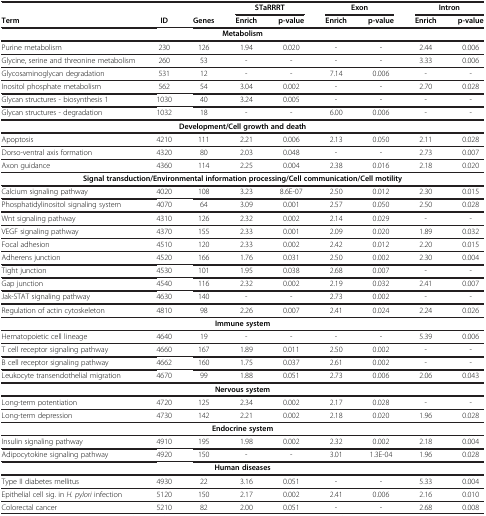
<table><thead><tr><td><b> </b></td><td><b> </b></td><td><b> </b></td><td colspan="2"><b>STaRRRT</b></td><td colspan="2"><b>Exon</b></td><td colspan="2"><b>Intron</b></td></tr><tr><td><b>Term</b></td><td><b>ID</b></td><td><b>Genes</b></td><td><b>Enrich</b></td><td><b>p-value</b></td><td><b>Enrich</b></td><td><b>p-value</b></td><td><b>Enrich</b></td><td><b>p-value</b></td></tr></thead><tbody><tr><td colspan="9"><b>Metabolism</b></td></tr><tr><td>Purine metabolism</td><td>230</td><td>126</td><td>1.94</td><td>0.020</td><td>-</td><td>-</td><td>2.44</td><td>0.006</td></tr><tr><td>Glycine, serine and threonine metabolism</td><td>260</td><td>53</td><td>-</td><td>-</td><td>-</td><td>-</td><td>3.33</td><td>0.006</td></tr><tr><td>Glycosaminoglycan degradation</td><td>531</td><td>12</td><td>-</td><td>-</td><td>7.14</td><td>0.006</td><td>-</td><td>-</td></tr><tr><td>Inositol phosphate metabolism</td><td>562</td><td>54</td><td>3.04</td><td>0.002</td><td>-</td><td>-</td><td>2.70</td><td>0.028</td></tr><tr><td>Glycan structures - biosynthesis 1</td><td>1030</td><td>40</td><td>3.24</td><td>0.005</td><td>-</td><td>-</td><td>-</td><td>-</td></tr><tr><td>Glycan structures - degradation</td><td>1032</td><td>18</td><td>-</td><td>-</td><td>6.00</td><td>0.006</td><td>-</td><td>-</td></tr><tr><td colspan="9"><b>Development/Cell growth and death</b></td></tr><tr><td>Apoptosis</td><td>4210</td><td>111</td><td>2.21</td><td>0.006</td><td>2.13</td><td>0.050</td><td>2.11</td><td>0.028</td></tr><tr><td>Dorso-ventral axis formation</td><td>4320</td><td>80</td><td>2.03</td><td>0.048</td><td>-</td><td>-</td><td>2.73</td><td>0.007</td></tr><tr><td>Axon guidance</td><td>4360</td><td>114</td><td>2.25</td><td>0.004</td><td>2.38</td><td>0.016</td><td>2.18</td><td>0.020</td></tr><tr><td colspan="9"><b>Signal transduction/Environmental information processing/Cell communication/Cell motility</b></td></tr><tr><td>Calcium signaling pathway</td><td>4020</td><td>108</td><td>3.23</td><td>8.6E-07</td><td>2.50</td><td>0.012</td><td>2.30</td><td>0.015</td></tr><tr><td>Phosphatidylinositol signaling system</td><td>4070</td><td>64</td><td>3.09</td><td>0.001</td><td>2.57</td><td>0.050</td><td>2.50</td><td>0.028</td></tr><tr><td>Wnt signaling pathway</td><td>4310</td><td>126</td><td>2.32</td><td>0.002</td><td>2.14</td><td>0.029</td><td>-</td><td>-</td></tr><tr><td>VEGF signaling pathway</td><td>4370</td><td>155</td><td>2.33</td><td>0.001</td><td>2.09</td><td>0.020</td><td>1.89</td><td>0.032</td></tr><tr><td>Focal adhesion</td><td>4510</td><td>120</td><td>2.33</td><td>0.002</td><td>2.42</td><td>0.012</td><td>2.20</td><td>0.015</td></tr><tr><td>Adherens junction</td><td>4520</td><td>166</td><td>1.76</td><td>0.031</td><td>2.50</td><td>0.002</td><td>2.30</td><td>0.004</td></tr><tr><td>Tight junction</td><td>4530</td><td>101</td><td>1.95</td><td>0.038</td><td>2.68</td><td>0.007</td><td>-</td><td>-</td></tr><tr><td>Gap junction</td><td>4540</td><td>116</td><td>2.32</td><td>0.002</td><td>2.19</td><td>0.032</td><td>2.41</td><td>0.007</td></tr><tr><td>Jak-STAT signaling pathway</td><td>4630</td><td>140</td><td>-</td><td>-</td><td>2.73</td><td>0.002</td><td>-</td><td>-</td></tr><tr><td>Regulation of actin cytoskeleton</td><td>4810</td><td>98</td><td>2.26</td><td>0.007</td><td>2.41</td><td>0.024</td><td>2.24</td><td>0.026</td></tr><tr><td colspan="9"><b>Immune system</b></td></tr><tr><td>Hematopoietic cell lineage</td><td>4640</td><td>19</td><td>-</td><td>-</td><td>-</td><td>-</td><td>5.39</td><td>0.006</td></tr><tr><td>T cell receptor signaling pathway</td><td>4660</td><td>167</td><td>1.89</td><td>0.011</td><td>2.50</td><td>0.002</td><td>-</td><td>-</td></tr><tr><td>B cell receptor signaling pathway</td><td>4662</td><td>160</td><td>1.75</td><td>0.037</td><td>2.61</td><td>0.002</td><td>-</td><td>-</td></tr><tr><td>Leukocyte transendothelial migration</td><td>4670</td><td>99</td><td>1.88</td><td>0.051</td><td>2.73</td><td>0.006</td><td>2.06</td><td>0.043</td></tr><tr><td colspan="9"><b>Nervous system</b></td></tr><tr><td>Long-term potentiation</td><td>4720</td><td>125</td><td>2.34</td><td>0.002</td><td>2.17</td><td>0.028</td><td>-</td><td>-</td></tr><tr><td>Long-term depression</td><td>4730</td><td>142</td><td>2.21</td><td>0.002</td><td>2.18</td><td>0.020</td><td>1.96</td><td>0.028</td></tr><tr><td colspan="9"><b>Endocrine system</b></td></tr><tr><td>Insulin signaling pathway</td><td>4910</td><td>195</td><td>1.98</td><td>0.002</td><td>2.32</td><td>0.002</td><td>2.18</td><td>0.004</td></tr><tr><td>Adipocytokine signaling pathway</td><td>4920</td><td>150</td><td>-</td><td>-</td><td>3.01</td><td>1.3E-04</td><td>1.96</td><td>0.028</td></tr><tr><td colspan="9"><b>Human diseases</b></td></tr><tr><td>Type II diabetes mellitus</td><td>4930</td><td>22</td><td>3.16</td><td>0.051</td><td>-</td><td>-</td><td>5.33</td><td>0.004</td></tr><tr><td>Epithelial cell sig. in <i>H. pylori</i> infection</td><td>5120</td><td>150</td><td>2.17</td><td>0.002</td><td>2.41</td><td>0.006</td><td>2.16</td><td>0.010</td></tr><tr><td>Colorectal cancer</td><td>5210</td><td>82</td><td>2.00</td><td>0.051</td><td>-</td><td>-</td><td>2.68</td><td>0.008</td></tr></tbody></table>